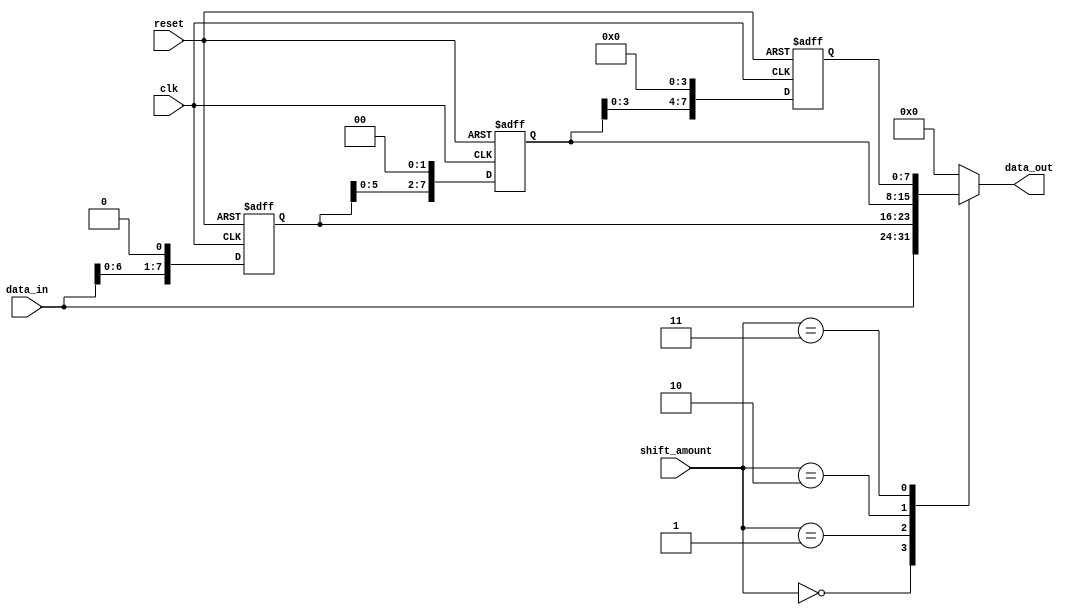
module barrel_shifter (
    input wire clk,
    input wire reset,
    input wire [7:0] data_in,
    input wire [2:0] shift_amount,
    output reg [7:0] data_out
);

reg [7:0] stage1_out, stage2_out, stage3_out; // Define output for each stage

// Stage 1: Shift by 1 bit
always @(posedge clk or posedge reset) begin
    if (reset) begin
        stage1_out <= 8'b0;
    end else begin
        stage1_out <= data_in << 1;
    end
end

// Stage 2: Shift by 2 bits
always @(posedge clk or posedge reset) begin
    if (reset) begin
        stage2_out <= 8'b0;
    end else begin
        stage2_out <= stage1_out << 2;
    end
end

// Stage 3: Shift by 4 bits
always @(posedge clk or posedge reset) begin
    if (reset) begin
        stage3_out <= 8'b0;
    end else begin
        stage3_out <= stage2_out << 4;
    end
end

// Control logic to select the correct output based on shift amount
always @(*) begin
    case(shift_amount)
        3'b000: data_out = data_in; // No shift
        3'b001: data_out = stage1_out; // Shift by 1 bit
        3'b010: data_out = stage2_out; // Shift by 2 bits
        3'b011: data_out = stage3_out; // Shift by 4 bits
        default: data_out = 8'b0; // Invalid shift amount
    endcase
end

endmodule